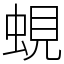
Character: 蜆